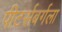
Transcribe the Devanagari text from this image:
पीटर्सबर्गला